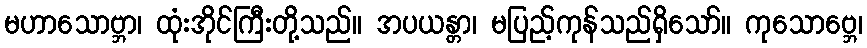
မဟာသောဗ္ဘာ၊ ထုံးအိုင်ကြီးတို့သည်။ အပယန္တာ၊ မပြည့်ကုန်သည်ရှိသော်။ ကုသောဗ္ဘေ၊